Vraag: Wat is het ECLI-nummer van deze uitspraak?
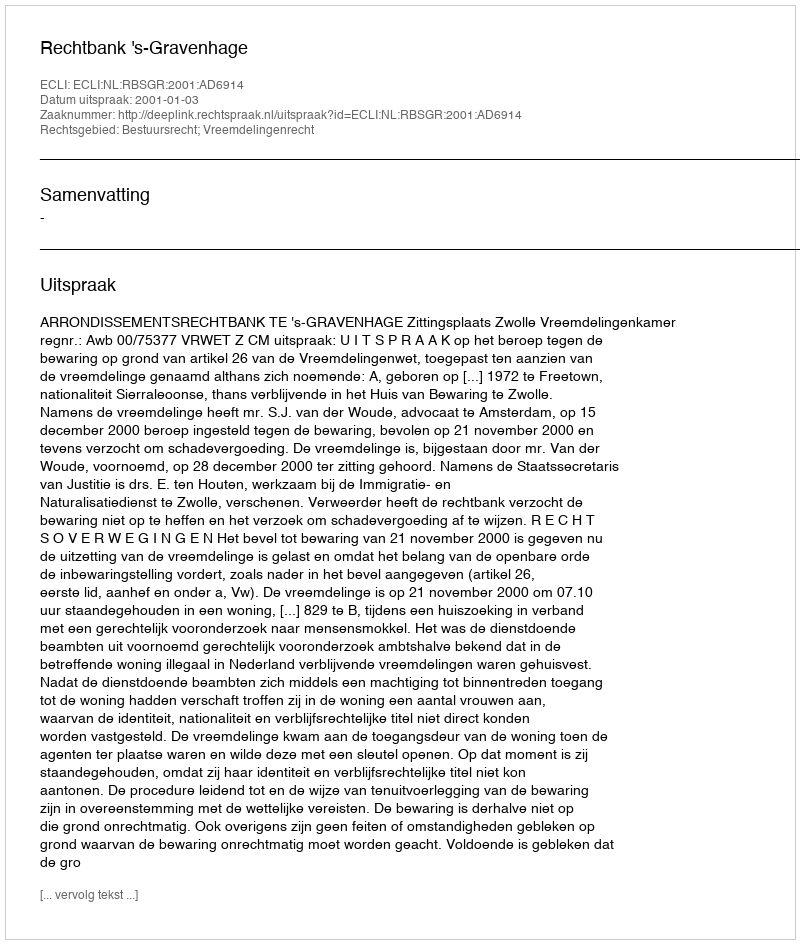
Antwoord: ECLI:NL:RBSGR:2001:AD6914